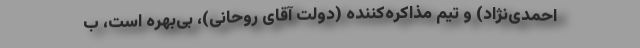
احمدی‌نژاد) و تیم مذاکره‌کننده (دولت آقای روحانی)، بی‌بهره است، ب